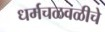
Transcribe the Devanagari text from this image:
धर्मचळवळीचे